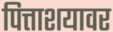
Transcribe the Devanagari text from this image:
पित्ताशयावर